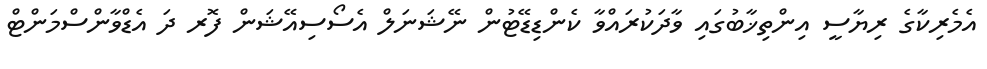
އެމެރިކާގެ ރިޔާސީ އިންތިޚާބުގައި ވާދަކުރައްވާ ކެންޑިޑޭޓުން ނޭޝަނަލް އެސޯސިއޭޝަން ފޮރ ދަ އެޑްވާންސްމަންޓް